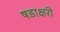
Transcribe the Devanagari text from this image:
षडाक्षरी